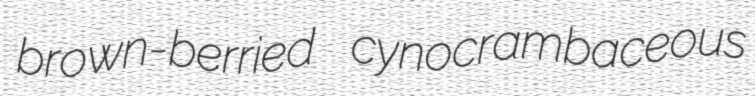
brown-berried cynocrambaceous